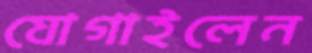
যোগাইলেন